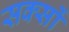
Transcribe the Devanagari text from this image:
सक्सों